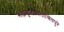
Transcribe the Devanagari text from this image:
सह्यकुलाचलाश्रितपुरे